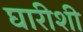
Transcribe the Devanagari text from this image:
घारीशी